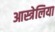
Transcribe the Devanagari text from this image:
आस्त्रेलिया